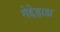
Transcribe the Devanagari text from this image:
गेद्देहाडा